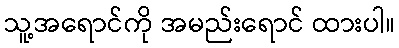
သူ့အရောင်ကို အမည်းရောင် ထားပါ။